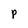
Character: p